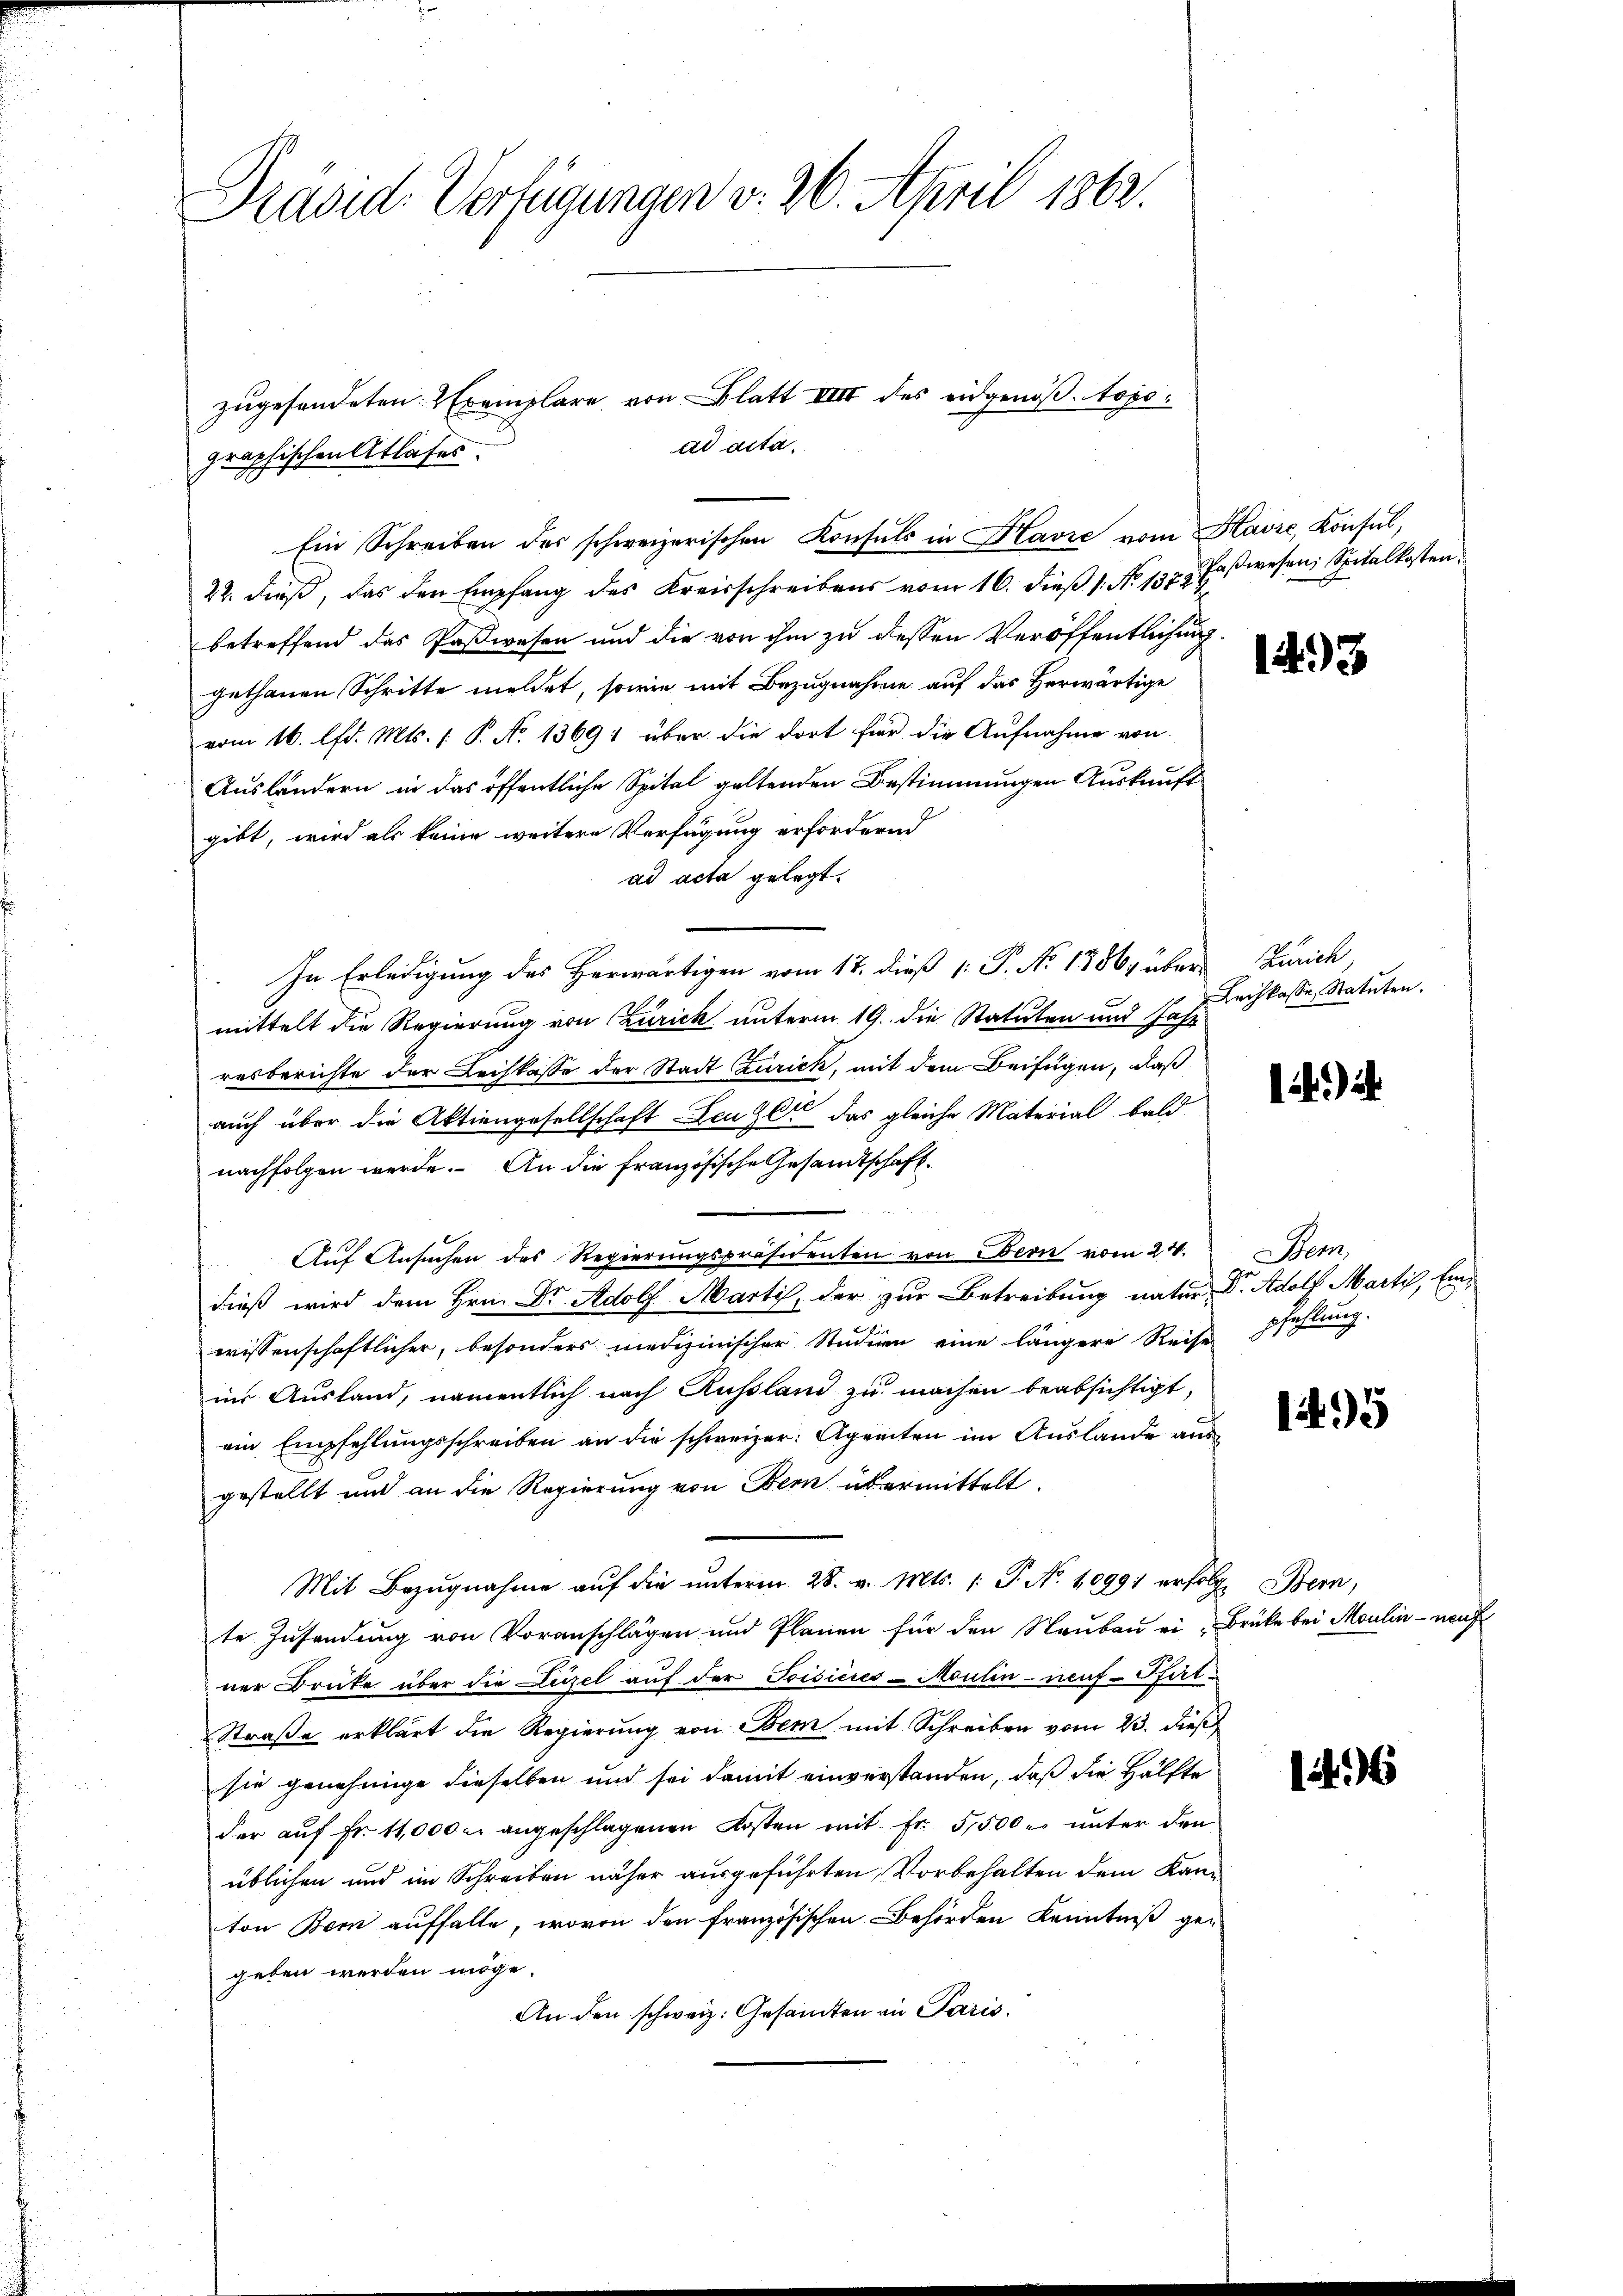
Präsid. Verfügungen v. 26. April 1862.

zugesendeten: 2 Exemplare von Blatt VIII des eidgenößtopoad acta.
Ein Schreiben des schweizerischen Konsuls in Havić vom Kavre, Konsul,

graphischen Atlases.
22. dieβ, das den Empfang des Kreisschreibens vom 16. dieβ 1. No. 1373 Paßwesen, Spitalkosten
betreffend das Paßwesen und die von ihm zu dessen Veröffentlichung.
gethanen Schritte meldet, sowie mit Bezugnahme auf das Herwärtige
vom 16. lfd. Mts. (: P. No. 1369; über die dort für die Aufnahme von
Ausländern in das öffentliche Spital geltenden Bestimmungen Auskunft
gibt, wird als keine weitere Verfügung erfordernd
ad acta gelegt.
In Erledigung des Herwärtigen vom 17. dieß [ P. No 1386, über Zürich,
mittelt die Regierung von Czurich unterm 19. die Statuten und Jahr
resberichte der Leihkasse der Stadt Zurick, mit dem Beifügen, daß
auch über die Aktiengesellschaft Zeugen das gleiche Material bald
nachfolgen werde. An die französische Gesandtschaft
Aŭf Ansŭchen des Regierŭngspräsidenten von Bern vom 21.
dieß wird dem Hrn. Dr Adolf Martis, der zur Betreibung natur Dr. Adolf Martis, Einwissenschaftlicher, besonders medizinischer Studien eine längere Reisepfehlung.
ins Ausland, namentlich nach Aussland zu machen beabsichtigt,
ein Empfehlungsschreiben an die schweizer: Agranten im Auslande aus
gestellt und an die Regierung von Bern übermittelt.
Mit Bezŭgnahme aŭf die ŭnterm 28. v. Mts. 1. P. Nr. 1099 erfolge Bern,
te Zusendung von Voranschlägen und Planen für den Naubau ei - Brüke bei Moulin - nach
ner Druke über die Dirzel auf der Toisieres-Moutin-neuf-Pfirt-
Straße erklärt die Regierung von Bem mit Schreiben vom 23. dieß
sie genehmige dieselben und sei damit einverstanden, daß die Hälfte
der aŭf Fr. 11,000 u. angeschlagenen Kosten mit Fr. 5,500. unter den
üblichen und im Schreiben näher ausgeführten Vorbehalten dem Kanton Bern auffalle, wovon den französischen Behörden Kenntniß gegeben werden möge.
An den schweiz. Gesamten in Paris.

1493

Leihkasse, Statuten.

1)

Stem

1495

1496